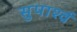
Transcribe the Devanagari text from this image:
सुपार्श्‍व